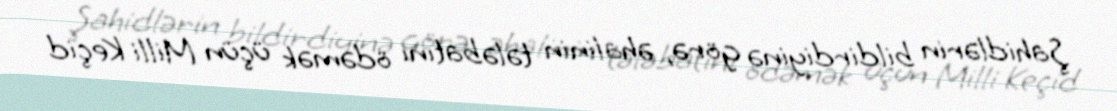
Şahidlərin bildirdiyinə görə, əhalinin tələbatını ödəmək üçün Milli Keçid